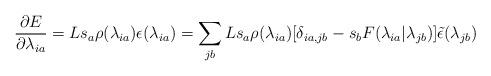
LaTeX: \begin{align*} \frac{\partial E}{\partial \lambda_{ia}} = Ls_a\rho(\lambda_{ia}) \epsilon(\lambda_{ia}) = \sum_{jb}L s_a\rho(\lambda_{ia})[\delta_{ia,jb} - s_b F(\lambda_{ia}|\lambda_{jb})]\tilde{\epsilon}(\lambda_{jb})\end{align*}